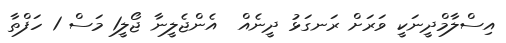
އިސްލާމްދީނަކީ ވަރަށް ރަނގަޅު ދީނެއް  އެންޖެލީނާ ޖޯލީ1 މަސް 1 ހަފްތާ